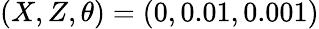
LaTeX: (X,Z,\theta)=(0,0.01,0.001)